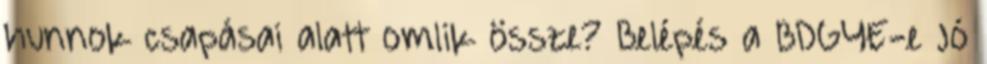
hunnok csapásai alatt omlik össze? Belépés a BDGYE-e Jó